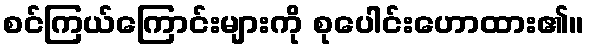
စင်ကြယ်ကြောင်းများကို စုပေါင်းဟောထား၏။